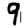
Digit: 9